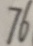
7 6